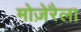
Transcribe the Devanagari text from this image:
मोज़ेरैला